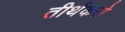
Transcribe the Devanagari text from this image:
तीर्थकरो